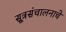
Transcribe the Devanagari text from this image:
सूत्रसंचालनाचे